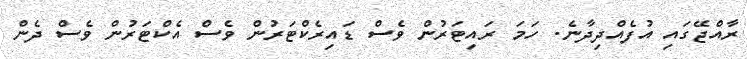
ރާއްޖޭގައި އުފެއްދިދާނެ. ހަމަ ރައިޓަރުން ވެސް ޑައިރެކްޓަރުން ވެސް އެކްޓަރުން ވެސް ދެން